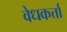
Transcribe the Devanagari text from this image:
वेधकर्त्ता